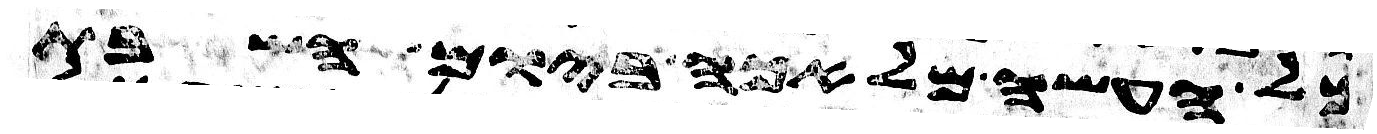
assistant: כל העשה מלאכה ביום השבת